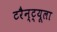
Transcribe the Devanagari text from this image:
टरैन्ट्यूला